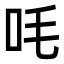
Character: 㕰